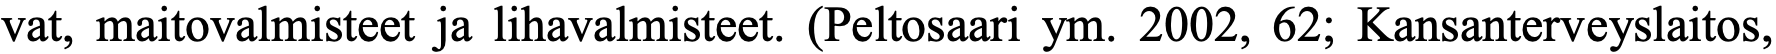
vat, maitovalmisteet ja lihavalmisteet. (Peltosaari ym. 2002, 62; Kansanterveyslaitos,